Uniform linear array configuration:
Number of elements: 64
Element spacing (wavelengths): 0.75
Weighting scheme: exponential
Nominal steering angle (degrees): -30
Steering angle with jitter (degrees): -31.37
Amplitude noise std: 0.05
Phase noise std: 0.05

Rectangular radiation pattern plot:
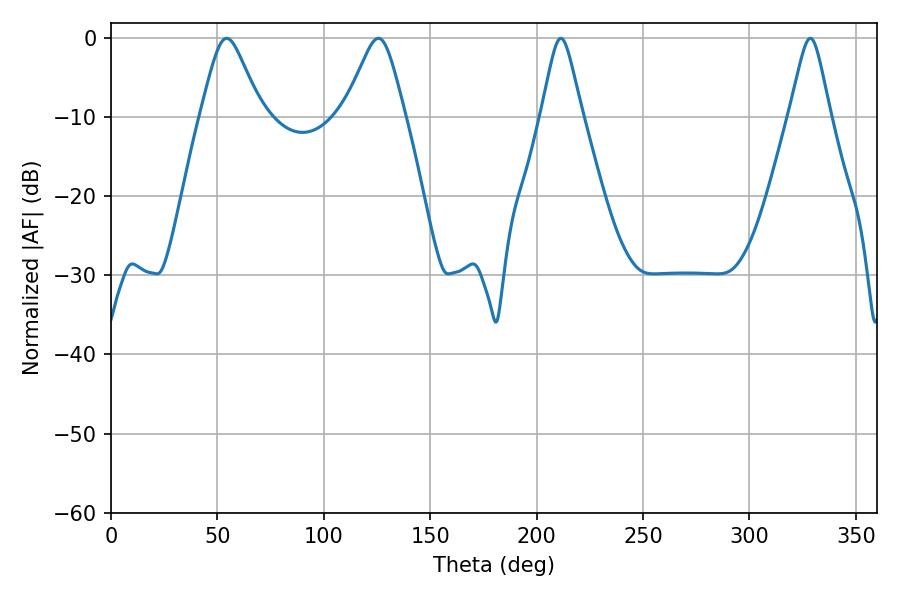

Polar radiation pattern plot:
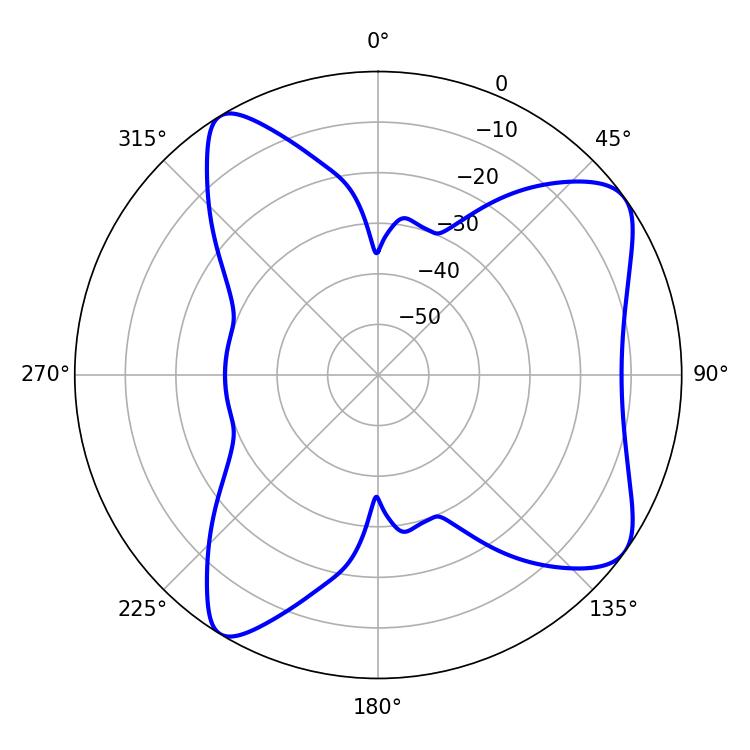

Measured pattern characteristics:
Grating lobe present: TRUE
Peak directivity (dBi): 8.213
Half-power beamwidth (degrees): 13.68
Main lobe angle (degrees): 54.36